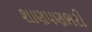
શાણપણભરી